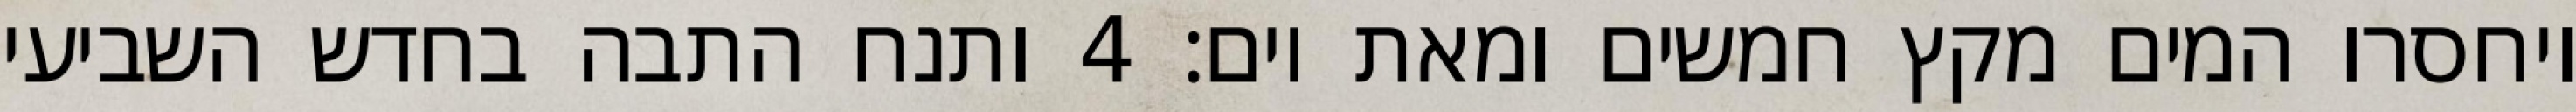
ויחסרו המים מקץ חמשים ומאת יום׃ ‎4‏ ותנח התבה בחדש השביעי